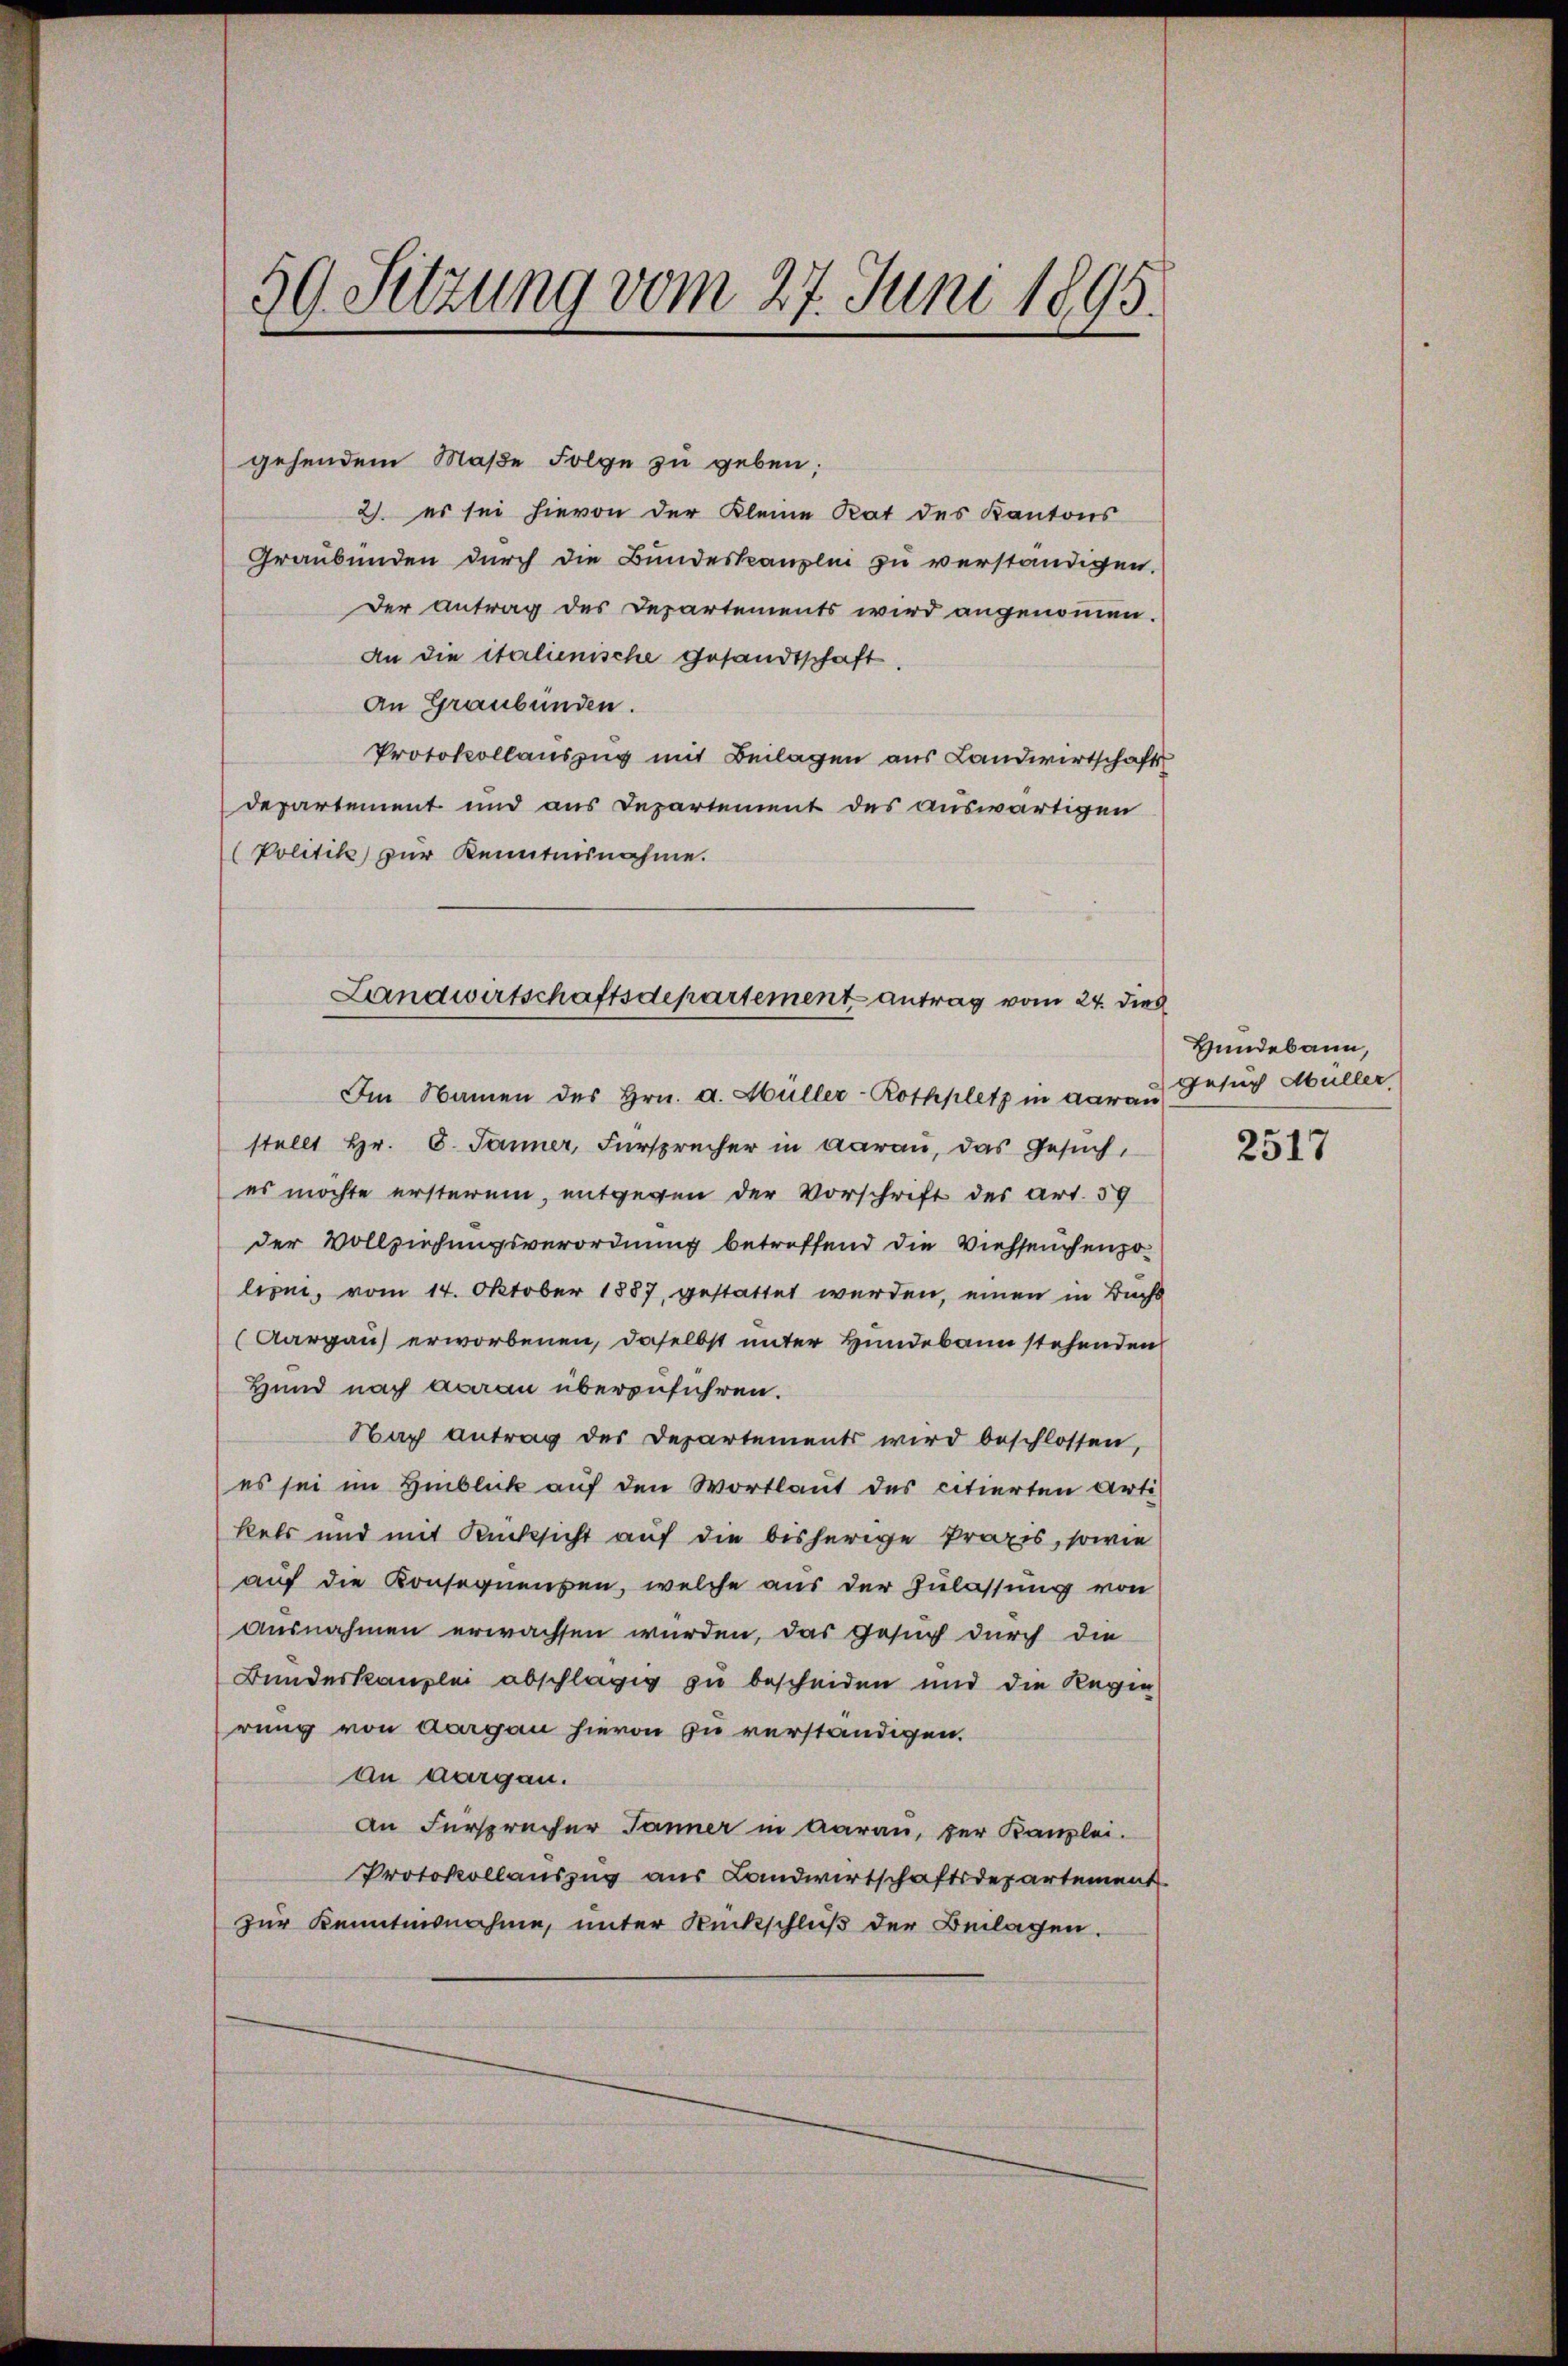
59. Setzung vom 27. Juni 1895.

gehendem Maße Folge zu geben;
2. es sei hievon der Kleine Rat des Kantons
Graubünden durch die Bundeskanzlin zu verständigen.
Der Antrag des Departements wird angenommen.
An die italienische Gesandtschaft.
An Graubünden.
Protokollauszug mit Beilagen aus Landwirtschaft
departement und aus Departement des auswärtigen
(Politik zur Kenntnisnahme.
stellt Hr. C. Jänner, Fürsprecher in darau, das Gesuch,
es möchte ersterem, entgegen der Vorschrift des Art. 59
der Vollziehungsverordnung betreffend die Viehseuchenzolione, vom 14. Oktober 1887, gestattet werden, einen in Buchs
(Aargau erworbenen, daselbst unter Hundebann stehenden
Hund nach Aarau überzuführen.
Nach antrag des Departements wird beschlossen,
es sei im Hinblick auf den Wortlaut des citierten Arti
kels und mit Rücksicht auf die bisherige Praxis, sowie
auf die Konsequensen, welche aus der Zulassung von
ausnahmen erwachsen wurden, das Gesuch durch die
Bundeskanzlei abschlägig zu bescheiden und die Regen
rung von Aargau hievon zu verständigen.
an aargau.
An Fürsprücher Jänner in Aarau, zur Kanzlei.
Protokollauszug aus Landwirtschaftsdepartement
zur Kenntnisnahme, unter Rückschluß der Beilagen.

Landwirtschaftsdepartement antrag vom 24. dies
Im Namen des Hrn. a. Müller-Rothplatz in daran

Bundebann,
Gesuch Müller

2517